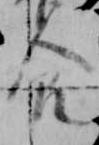
食